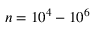
n = 1 0 ^ { 4 } - 1 0 ^ { 6 }